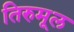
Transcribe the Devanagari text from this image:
तिरुमूल